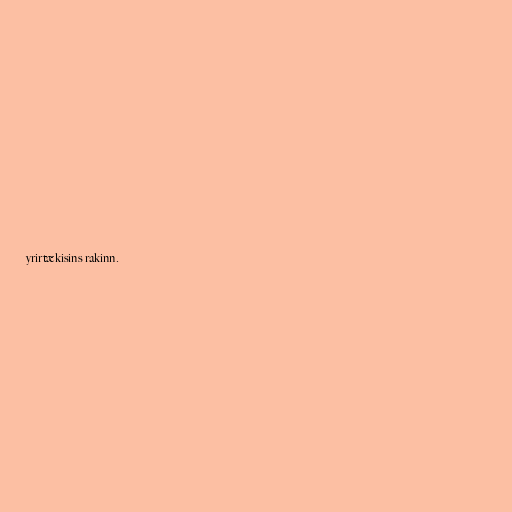
yrirtækisins rakinn.